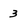
Character: 3